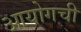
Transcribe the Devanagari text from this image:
आयोगची